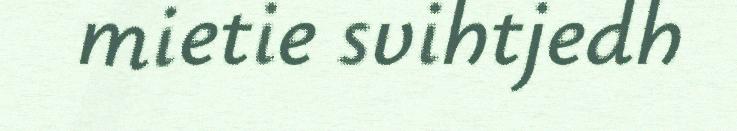
mietie svihtjedh